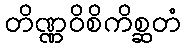
တိဏ္ဏဝိစိကိစ္ဆတံ